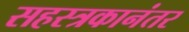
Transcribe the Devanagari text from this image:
सहस्त्रकानंतर